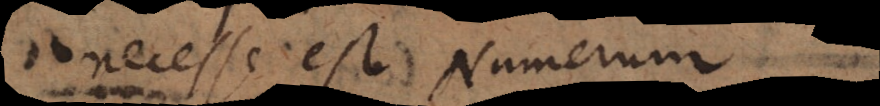
necesse est Numerum